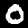
Digit: 0